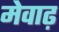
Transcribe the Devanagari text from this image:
मेवाढ़